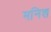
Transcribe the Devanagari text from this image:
मनिश